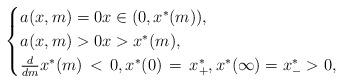
LaTeX: \begin{align*}\begin{cases} a(x,m)=0x\in(0,x^*(m)), \\ a(x,m)>0x>x^*(m), \\ \frac{d}{dm}x^*(m)\,<\,0,x^*(0)\,=\,x^*_+,x^*(\infty)=x^*_->0,\end{cases}\end{align*}